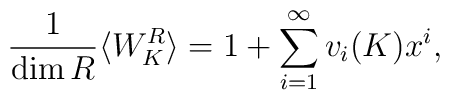
{1 \over {\rm dim}\, R}\langle W_K^R \rangle = 1 + \sum_{i=1}^{\infty} v_i(K)x^i,